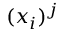
( x _ { i } ) ^ { j }